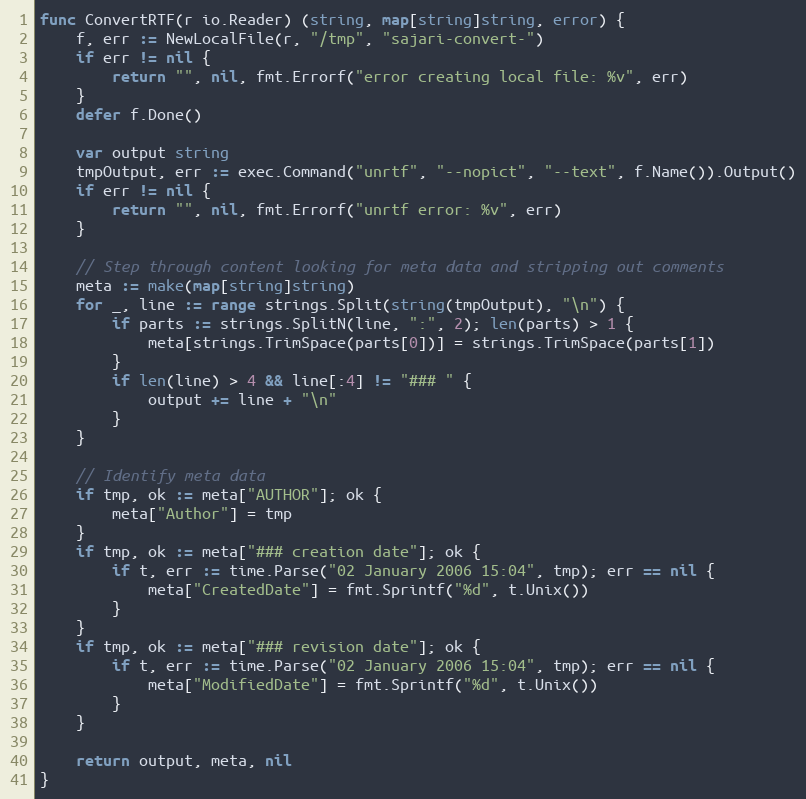
Language: Go
func ConvertRTF(r io.Reader) (string, map[string]string, error) {
	f, err := NewLocalFile(r, "/tmp", "sajari-convert-")
	if err != nil {
		return "", nil, fmt.Errorf("error creating local file: %v", err)
	}
	defer f.Done()

	var output string
	tmpOutput, err := exec.Command("unrtf", "--nopict", "--text", f.Name()).Output()
	if err != nil {
		return "", nil, fmt.Errorf("unrtf error: %v", err)
	}

	// Step through content looking for meta data and stripping out comments
	meta := make(map[string]string)
	for _, line := range strings.Split(string(tmpOutput), "\n") {
		if parts := strings.SplitN(line, ":", 2); len(parts) > 1 {
			meta[strings.TrimSpace(parts[0])] = strings.TrimSpace(parts[1])
		}
		if len(line) > 4 && line[:4] != "### " {
			output += line + "\n"
		}
	}

	// Identify meta data
	if tmp, ok := meta["AUTHOR"]; ok {
		meta["Author"] = tmp
	}
	if tmp, ok := meta["### creation date"]; ok {
		if t, err := time.Parse("02 January 2006 15:04", tmp); err == nil {
			meta["CreatedDate"] = fmt.Sprintf("%d", t.Unix())
		}
	}
	if tmp, ok := meta["### revision date"]; ok {
		if t, err := time.Parse("02 January 2006 15:04", tmp); err == nil {
			meta["ModifiedDate"] = fmt.Sprintf("%d", t.Unix())
		}
	}

	return output, meta, nil
}